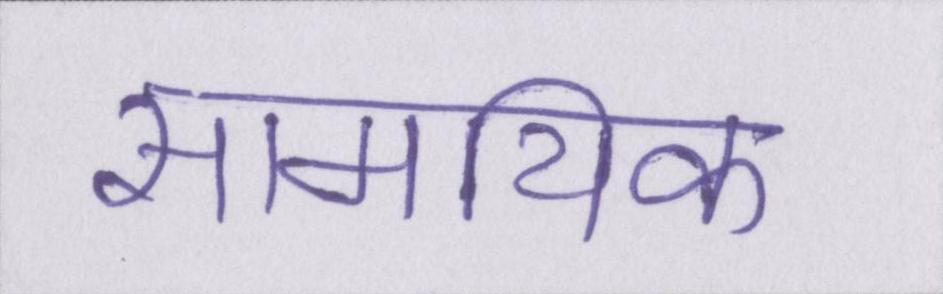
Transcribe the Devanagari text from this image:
सामयिक